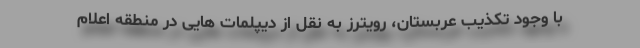
با وجود تکذیب عربستان، رویترز به نقل از دیپلمات هایی در منطقه اعلام